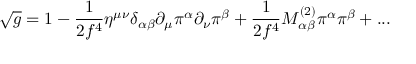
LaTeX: \sqrt { g } = 1 - \frac { 1 } { 2 f ^ { 4 } } \eta ^ { \mu \nu } \delta _ { \alpha \beta } \partial _ { \mu } \pi ^ { \alpha } \partial _ { \nu } \pi ^ { \beta } + \frac { 1 } { 2 f ^ { 4 } } M _ { \alpha \beta } ^ { ( 2 ) } \pi ^ { \alpha } \pi ^ { \beta } + . . .